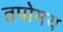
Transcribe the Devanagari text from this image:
तपोमय